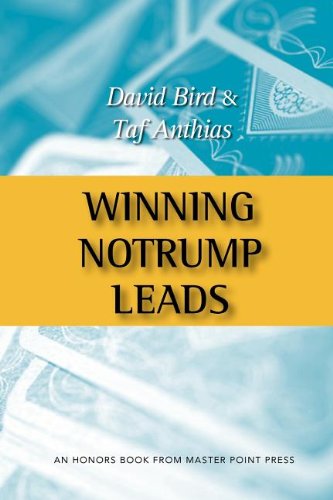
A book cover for Winning Notrump Leads; Taf Anthias; Humor & Entertainment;